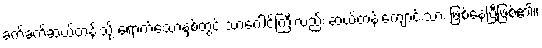
ခက်ခက်ဆယ်တန်းသို့ ရောက်သောနှစ်တွင် သာဂေါင်ကြီးလည်း ဆယ်တန်းကျောင်းသား ဖြစ်နေပြီဖြစ်၏။